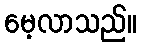
မေ့လာသည်။